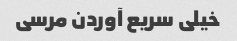
خیلی سریع آوردن مرسی